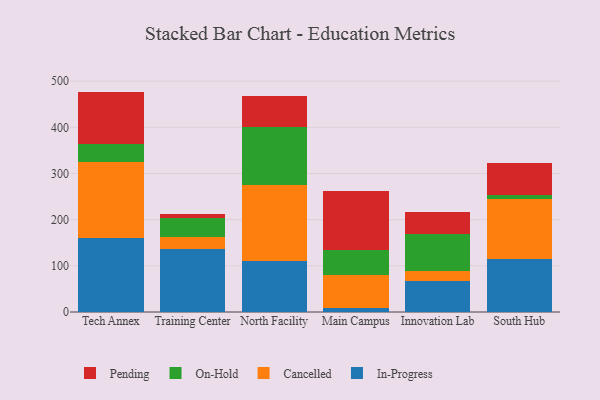
{"axis": {"x": "Campus", "y": "LTV (USD)"}, "legend": ["Cancelled", "In-Progress", "On-Hold", "Pending"], "data": [{"x": "Tech Annex", "y": 160.1, "type": "In-Progress"}, {"x": "Tech Annex", "y": 164.1, "type": "Cancelled"}, {"x": "Tech Annex", "y": 39.7, "type": "On-Hold"}, {"x": "Tech Annex", "y": 113.5, "type": "Pending"}, {"x": "Training Center", "y": 137.4, "type": "In-Progress"}, {"x": "Training Center", "y": 25.1, "type": "Cancelled"}, {"x": "Training Center", "y": 40.7, "type": "On-Hold"}, {"x": "Training Center", "y": 9.5, "type": "Pending"}, {"x": "North Facility", "y": 110.7, "type": "In-Progress"}, {"x": "North Facility", "y": 164.2, "type": "Cancelled"}, {"x": "North Facility", "y": 125.0, "type": "On-Hold"}, {"x": "North Facility", "y": 67.2, "type": "Pending"}, {"x": "Main Campus", "y": 8.7, "type": "In-Progress"}, {"x": "Main Campus", "y": 70.9, "type": "Cancelled"}, {"x": "Main Campus", "y": 54.2, "type": "On-Hold"}, {"x": "Main Campus", "y": 129.1, "type": "Pending"}, {"x": "Innovation Lab", "y": 68.0, "type": "In-Progress"}, {"x": "Innovation Lab", "y": 20.5, "type": "Cancelled"}, {"x": "Innovation Lab", "y": 80.7, "type": "On-Hold"}, {"x": "Innovation Lab", "y": 46.5, "type": "Pending"}, {"x": "South Hub", "y": 114.5, "type": "In-Progress"}, {"x": "South Hub", "y": 130.8, "type": "Cancelled"}, {"x": "South Hub", "y": 7.4, "type": "On-Hold"}, {"x": "South Hub", "y": 69.4, "type": "Pending"}]}